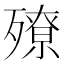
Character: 𣩢